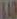
LAIR